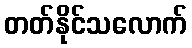
တတ်နိုင်သလောက်